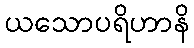
ယသောပရိဟာနိ